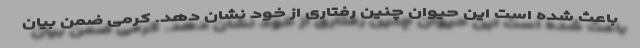
باعث شده است این حیوان چنین رفتاری از خود نشان دهد. کرمی ضمن بیان